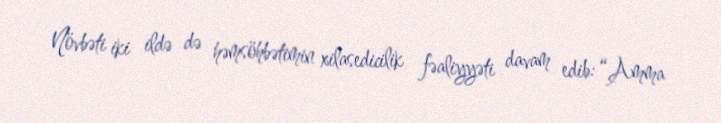
Növbəti iki ildə də həmsöhbətimin xilasedicilik fəaliyyəti davam edib: “Amma